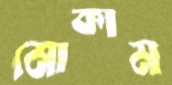
মোকাম